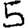
Digit: 5